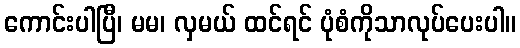
ကောင်းပါပြီ၊ မမ၊ လှမယ် ထင်ရင် ပုံစံကိုသာလုပ်ပေးပါ။